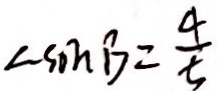
\angle \sin B = \frac { 4 } { 5 }